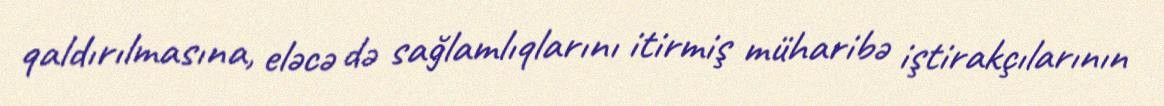
qaldırılmasına, eləcə də sağlamlıqlarını itirmiş müharibə iştirakçılarının